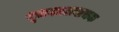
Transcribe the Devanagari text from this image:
भूतकालवाचक